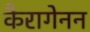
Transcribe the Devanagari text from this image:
कैरागेनन